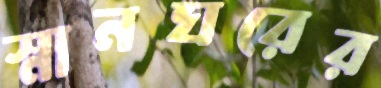
স্নানঘরের